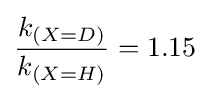
{\frac {k_{(X=D)}}{k_{(X=H)}}}=1.15